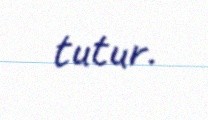
tutur.